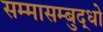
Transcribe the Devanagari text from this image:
सम्मासम्बुद्धो